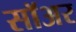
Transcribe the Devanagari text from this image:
सॉअर